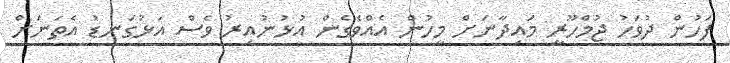
ފަހުން ދުވަހު ޖުމްހޫރީ މައިދާނަށް މީހުން އެއްވެގެން އުޅުނުއިރު ވެސް އަޅުގަނޑު އެތަނަށް